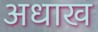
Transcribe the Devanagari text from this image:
अधाख